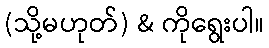
(သို့မဟုတ်) & ကိုရွေးပါ။